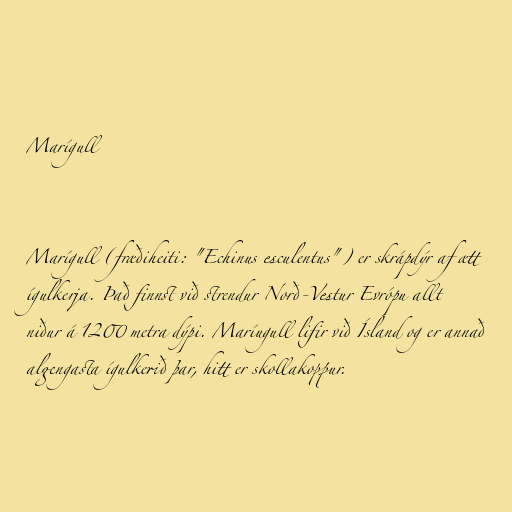
Marígull

Marígull (fræðiheiti: "Echinus esculentus") er skrápdýr af ætt
ígulkerja. Það finnst við strendur Norð-Vestur Evrópu allt
niður á 1200 metra dýpi. Maríugull lifir við Ísland og er annað
algengasta ígulkerið þar, hitt er skollakoppur.